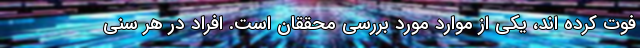
فوت کرده اند، یکی از موارد مورد بررسی محققان است. افراد در هر سنی